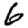
Digit: 6